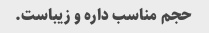
حجم مناسب داره و زیباست.